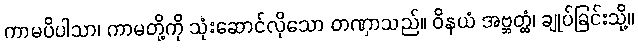
ကာမပိပါသာ၊ ကာမတို့ကို သုံးဆောင်လိုသော တဏှာသည်။ ဝိနယံ အဗ္ဘတ္ထံ၊ ချုပ်ခြင်းသို့။